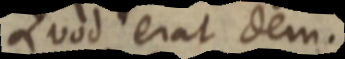
Quod erat dem.